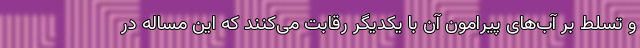
و تسلط بر آب‌های پیرامون آن با یکدیگر رقابت می‌کنند که این مساله در